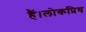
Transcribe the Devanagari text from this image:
हैं।लोकप्रिय